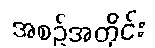
အစဉ်အတိုင်း